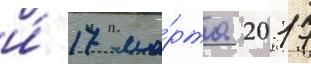
и́ 17 ма́рта 2017